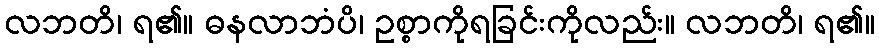
လဘတိ၊ ရ၏။ ဓနလာဘံပိ၊ ဥစ္စာကိုရခြင်းကိုလည်း။ လဘတိ၊ ရ၏။